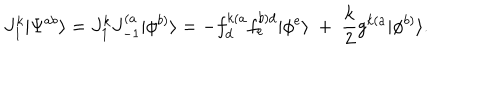
J _ { 1 } ^ { k } | \Psi ^ { a b } \rangle = J _ { 1 } ^ { k } J _ { - 1 } ^ { ( a } | \phi ^ { b ) } \rangle = - f _ { d } ^ { k ( a } f _ { e } ^ { b ) d } | \phi ^ { e } \rangle ~ + ~ { \frac { k } { 2 } } g ^ { k ( a } | \phi ^ { b ) } \rangle .